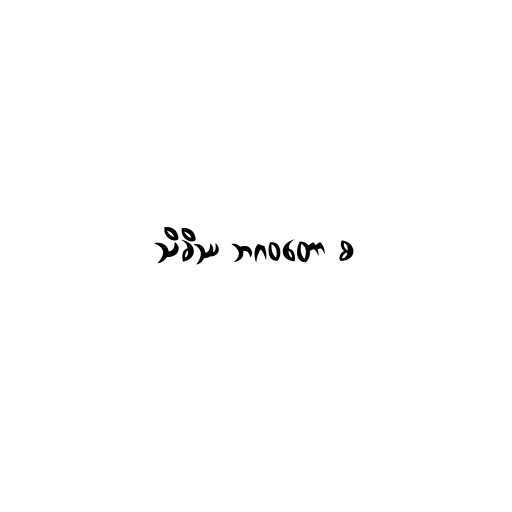
သိခိဿ ဘဂဝတော စ